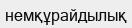
немқұрайдылық